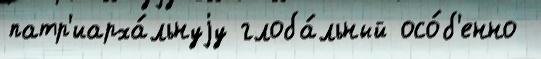
патр'иарха́льнуjу глоба́льный осо́б'енно